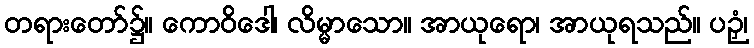
တရားတော်၌။ ကောဝိဒေါ၊ လိမ္မာသော။ အာယုရော၊ အာယုရသည်။ ပဉှံ၊